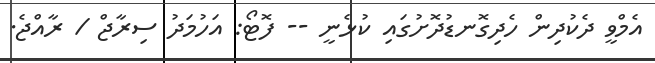
އެމްވީ ދެކުދިން ހެދިގޮނޑުދޮށުގައި ކުޅެނީ -- ފޮޓޯ: އަހުމަދު ސިރާޖް / ރާއްޖެ.